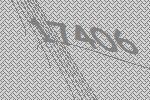
17406